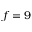
f = 9